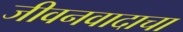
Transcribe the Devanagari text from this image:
जीवनवादाचा